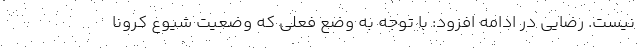
نیست. رضایی در ادامه افزود: با توجه به وضع فعلی که وضعیت شیوع کرونا